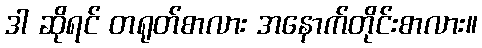
ဒါ ဆိုရင် တရုတ်စာလား အနောက်တိုင်းစာလား။